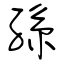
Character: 孫